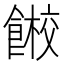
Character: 𱃭